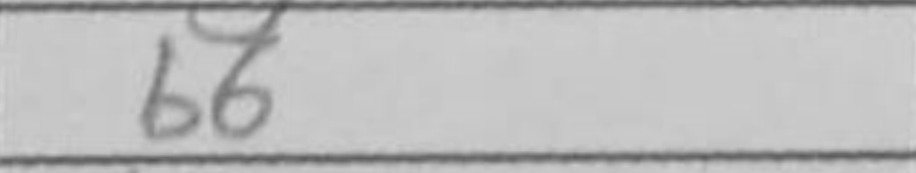
Transcription: b6